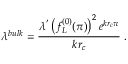
\lambda ^ { b u l k } = \frac { \lambda ^ { ' } \left( f _ { L } ^ { ( 0 ) } ( \pi ) \right) ^ { 2 } e ^ { k r _ { c } \pi } } { k r _ { c } } \, \, .